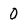
Character: 0